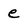
Character: e